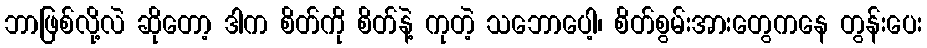
ဘာဖြစ်လို့လဲ ဆိုတော့ ဒါက စိတ်ကို စိတ်နဲ့ ကုတဲ့ သဘောပေါ့၊ စိတ်စွမ်းအားတွေကနေ တွန်းပေး